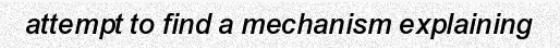
attempt to find a mechanism explaining